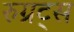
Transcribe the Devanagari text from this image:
रुग्रट्स